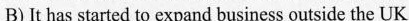
B)It has started to expand business outside the UK.